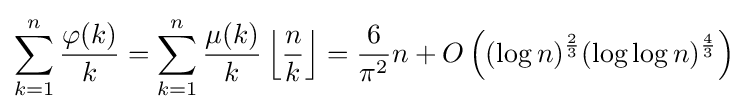
\sum _{k=1}^{n}{\frac {\varphi (k)}{k}}=\sum _{k=1}^{n}{\frac {\mu (k)}{k}}\left\lfloor {\frac {n}{k}}\right\rfloor ={\frac {6}{\pi ^{2}}}n+O\left((\log n)^{\frac {2}{3}}(\log \log n)^{\frac {4}{3}}\right)